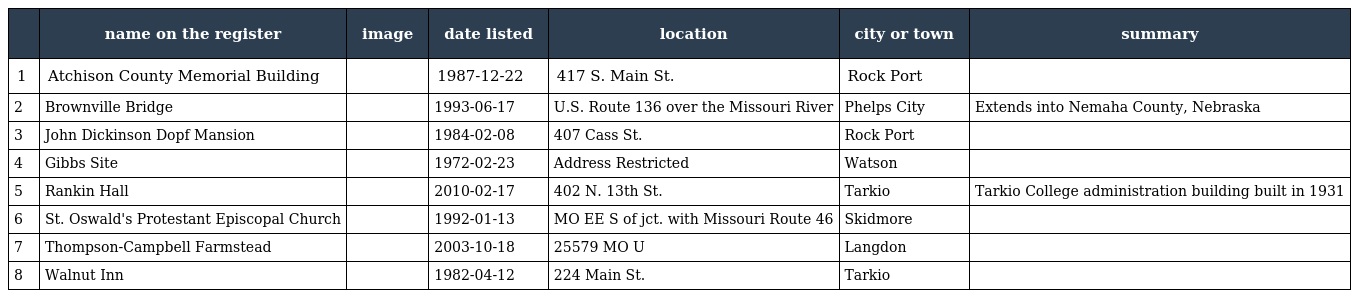
|  | name on the register | image | date listed | location | city or town | summary |
 | --- | --- | --- | --- | --- | --- | --- |
 | 1 | Atchison County Memorial Building |  | 1987-12-22 | 417 S. Main St. | Rock Port |  |
 | 2 | Brownville Bridge |  | 1993-06-17 | U.S. Route 136 over the Missouri River | Phelps City | Extends into Nemaha County, Nebraska |
 | 3 | John Dickinson Dopf Mansion |  | 1984-02-08 | 407 Cass St. | Rock Port |  |
 | 4 | Gibbs Site |  | 1972-02-23 | Address Restricted | Watson |  |
 | 5 | Rankin Hall |  | 2010-02-17 | 402 N. 13th St. | Tarkio | Tarkio College administration building built in 1931 |
 | 6 | St. Oswald's Protestant Episcopal Church |  | 1992-01-13 | MO EE S of jct. with Missouri Route 46 | Skidmore |  |
 | 7 | Thompson-Campbell Farmstead |  | 2003-10-18 | 25579 MO U | Langdon |  |
 | 8 | Walnut Inn |  | 1982-04-12 | 224 Main St. | Tarkio |  |